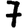
Digit: 7